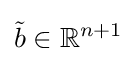
{\tilde {b}}\in \mathbb {R} ^{n+1}